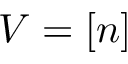
V = [ n ]